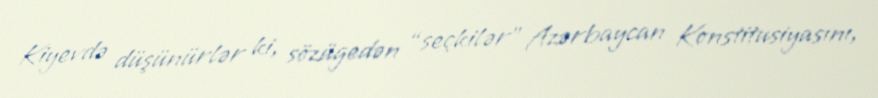
Kiyevdə düşünürlər ki, sözügedən “seçkilər” Azərbaycan Konstitusiyasını,